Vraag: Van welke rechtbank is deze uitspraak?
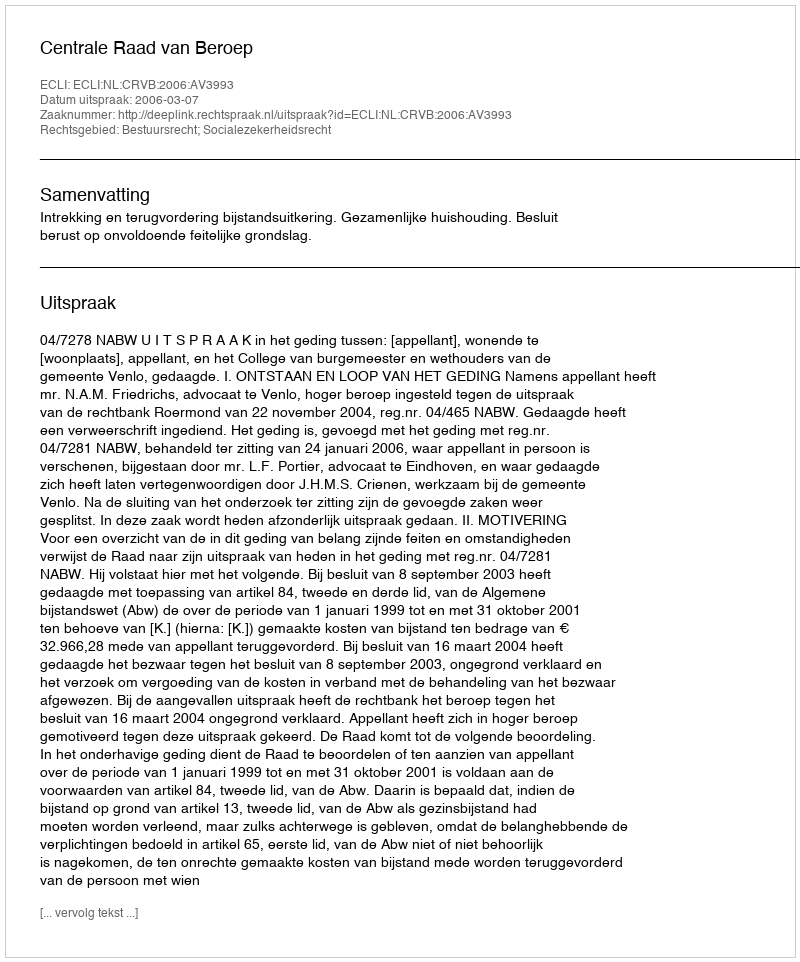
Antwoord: Centrale Raad van Beroep